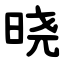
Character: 晓